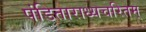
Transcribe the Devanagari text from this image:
पंडिताराध्यचरितम्